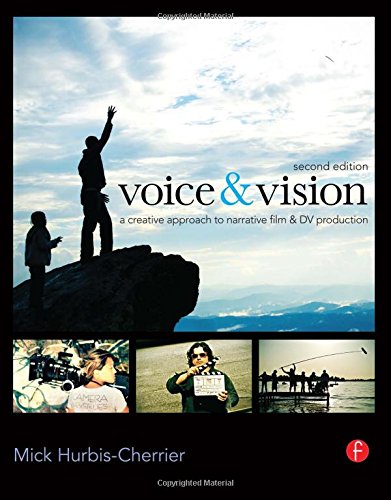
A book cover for Voice & Vision: A Creative Approach to Narrative Film and DV Production; Mick Hurbis-Cherrier; Humor & Entertainment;